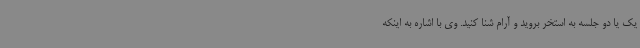
یک یا دو جلسه به استخر بروید و آرام شنا کنید. وی با اشاره به اینکه